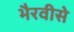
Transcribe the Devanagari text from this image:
भैरवीसे